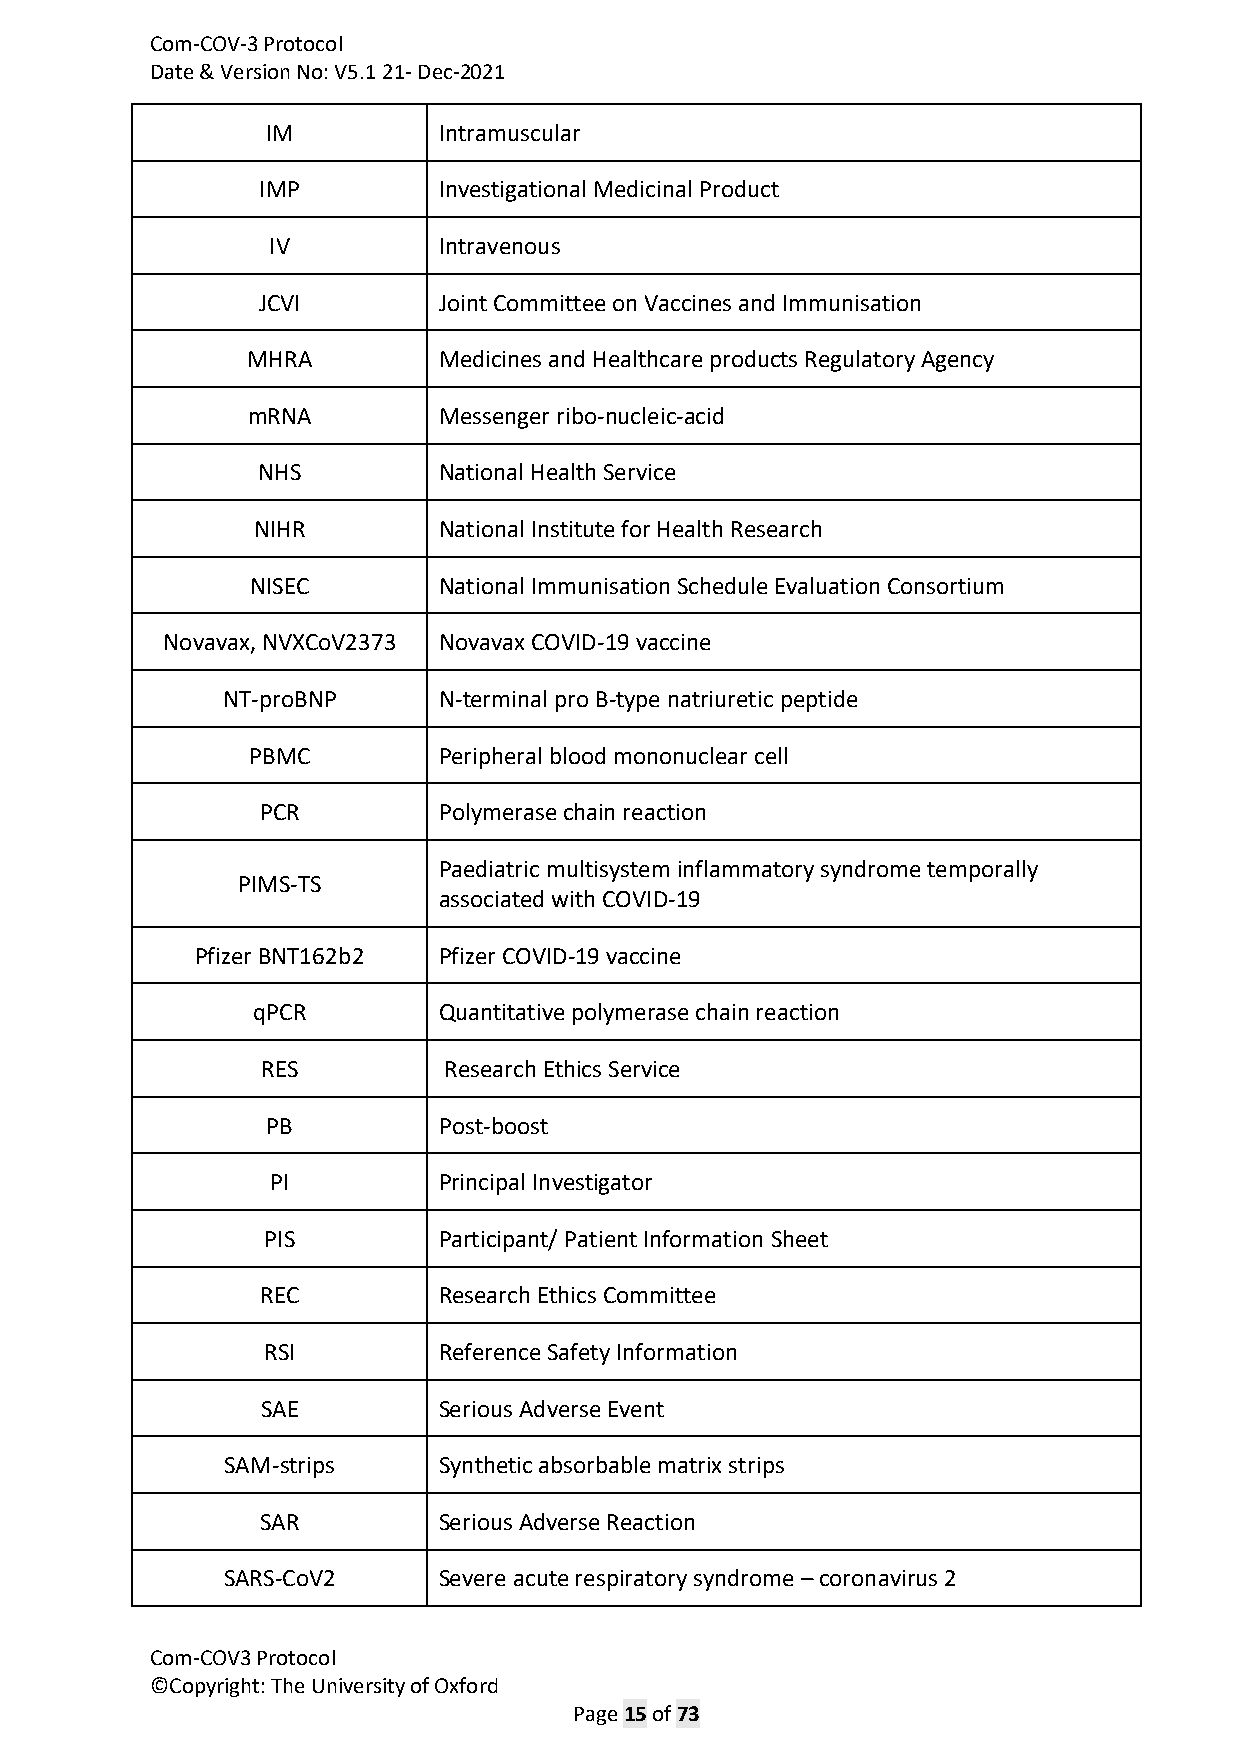
Com-COV-3 Protocol
 Date & Version No: V5.1 21- Dec-2021
 IM         Intramuscular
 IMP         Investigational Medicinal Product
 IV         Intravenous
 JCVI        Joint Committee on Vaccines and Immunisation
 MHRA         Medicines and Healthcare products Regulatory Agency
 mRNA         Messenger ribo-nucleic-acid
 NHS         National Health Service
 NIHR        National Institute for Health Research
 NISEC       National Immunisation Schedule Evaluation Consortium
 Novavax, NVXCoV2373 Novavax COVID-19 vaccine
 NT-proBNP     N-terminal pro B-type natriuretic peptide
 PBMC         Peripheral blood mononuclear cell
 PCR         Polymerase chain reaction
 Paediatric multisystem inflammatory syndrome temporally
 PIMS-TS
 associated with COVID-19
 Pfizer BNT162b2 Pfizer COVID-19 vaccine
 qPCR        Quantitative polymerase chain reaction
 RES         Research Ethics Service
 PB         Post-boost
 PI         Principal Investigator
 PIS         Participant/ Patient Information Sheet
 REC         Research Ethics Committee
 RSI         Reference Safety Information
 SAE         Serious Adverse Event
 SAM-strips    Synthetic absorbable matrix strips
 SAR         Serious Adverse Reaction
 SARS-CoV2     Severe acute respiratory syndrome – coronavirus 2
 Com-COV3 Protocol
 ©Copyright: The University of Oxford
 Page 15 of 73